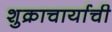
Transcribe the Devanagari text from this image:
शुक्राचार्याची